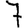
Digit: 7